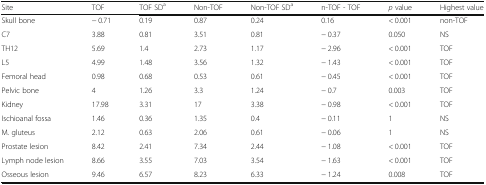
| Site | TOF | TOF SDa | Non-TOF | Non-TOF SDa | n-TOF - TOF | p value | Highest value |
 | --- | --- | --- | --- | --- | --- | --- | --- |
 | Skull bone | − 0.71 | 0.19 | 0.87 | 0.24 | 0.16 | < 0.001 | non-TOF |
 | C7 | 3.88 | 0.81 | 3.51 | 0.81 | − 0.37 | 0.050 | NS |
 | TH12 | 5.69 | 1.4 | 2.73 | 1.17 | − 2.96 | < 0.001 | TOF |
 | L5 | 4.99 | 1.48 | 3.56 | 1.32 | − 1.43 | < 0.001 | TOF |
 | Femoral head | 0.98 | 0.68 | 0.53 | 0.61 | − 0.45 | < 0.001 | TOF |
 | Pelvic bone | 4 | 1.26 | 3.3 | 1.24 | − 0.7 | 0.003 | TOF |
 | Kidney | 17.98 | 3.31 | 17 | 3.38 | − 0.98 | < 0.001 | TOF |
 | Ischioanal fossa | 1.46 | 0.36 | 1.35 | 0.4 | − 0.11 | 1 | NS |
 | M. gluteus | 2.12 | 0.63 | 2.06 | 0.61 | − 0.06 | 1 | NS |
 | Prostate lesion | 8.42 | 2.41 | 7.34 | 2.44 | − 1.08 | < 0.001 | TOF |
 | Lymph node lesion | 8.66 | 3.55 | 7.03 | 3.54 | − 1.63 | < 0.001 | TOF |
 | Osseous lesion | 9.46 | 6.57 | 8.23 | 6.33 | − 1.24 | 0.008 | TOF |